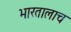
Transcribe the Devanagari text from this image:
भारतालाच